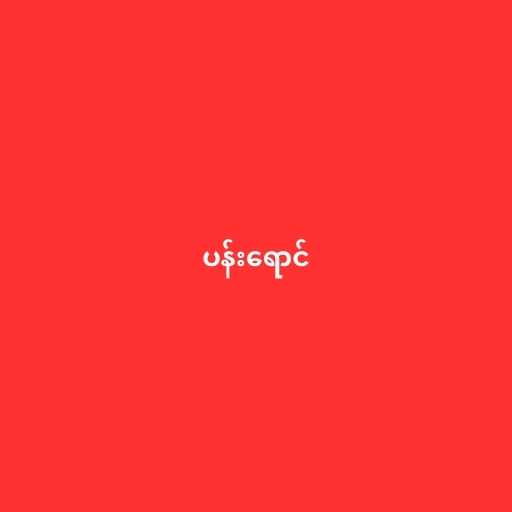
ပန်းရောင်